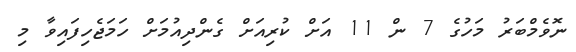
ނޮވެމްބަރު މަހުގެ 7 ން 11 އަށް ކުރިއަށް ގެންދިއުމަށް ހަމަޖެހިފައިވާ މި